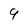
Character: 9